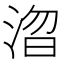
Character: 㳷